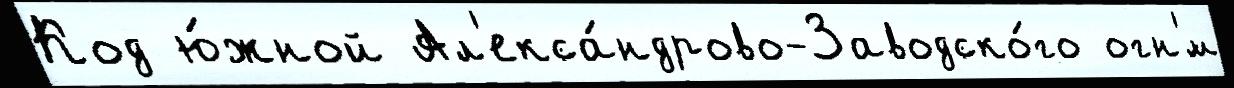
Код ю́жной Ал'екса́ндрово-Заводско́го огн'́м